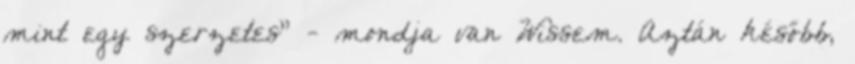
mint egy szerzetes" - mondja van Wissem. Aztán később,